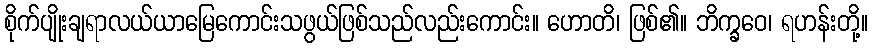
စိုက်ပျိုးချရာလယ်ယာမြေကောင်းသဖွယ်ဖြစ်သည်လည်းကောင်း။ ဟောတိ၊ ဖြစ်၏။ ဘိက္ခဝေ၊ ရဟန်းတို့။